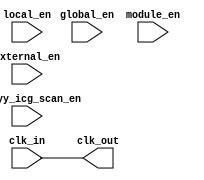
/*Copyright 2020-2021 T-Head Semiconductor Co., Ltd.

Licensed under the Apache License, Version 2.0 (the "License");
you may not use this file except in compliance with the License.
You may obtain a copy of the License at

    http://www.apache.org/licenses/LICENSE-2.0

Unless required by applicable law or agreed to in writing, software
distributed under the License is distributed on an "AS IS" BASIS,
WITHOUT WARRANTIES OR CONDITIONS OF ANY KIND, either express or implied.
See the License for the specific language governing permissions and
limitations under the License.
*/

module tdt_gated_clk_cell(
  clk_in,
  global_en,
  module_en,
  local_en,
  external_en,
  pad_yy_icg_scan_en,
  clk_out
);

input  clk_in;
input  global_en;
input  module_en;
input  local_en;
input  external_en;
input  pad_yy_icg_scan_en;
output clk_out;

wire   clk_en_bf_latch;
wire   SE;

assign clk_en_bf_latch = (global_en && (module_en || local_en)) || external_en ;

// SE driven from primary input, held constant
assign SE       = pad_yy_icg_scan_en;

`ifdef TDT_GATED_CELL  
tdt_gated_cell x_tdt_gated_cell(
  .clk_in        (clk_in),
  .external_en   (clk_en_bf_latch),
  .SE            (SE),
  .clk_out       (clk_out)
  );
//`ifdef TDT_SMIC
//  `ifdef TDT_PROCESS55LL
//HVT_CLKLANQHDV8 x_gated_clk_cell(
//.CK(clk_in),
//  `endif
//.TE(SE),
//.E(clk_en_bf_latch),
//.Q(clk_out));
//`endif
//`ifdef TDT_TSMC
//  `ifdef TDT_PROCESS40LP
//CKLNQD1BWP x_gated_clk_cell(
//.CP(clk_in),
//.TE(SE),
//.E(clk_en_bf_latch),
//.Q(clk_out));
//  `endif
//  `ifdef TDT_PROCESS28HPC
//    CKLNQD8BWP35P140  x_gated_clk_cell (
//                .CP     (clk_in),
//                .TE     (SE),
//                .E      (clk_en_bf_latch),
//                .Q      (clk_out)
//                );
//  `endif
//`endif
//`ifdef TDT_GSMC
//  `ifdef TDT_PROCESS130
//CLKGTPHD8X x_gated_clk_cell(
//.CK(clk_in),
//  `endif
//.TE(SE),
//.E(clk_en_bf_latch),
//.Z(clk_out));
//`endif
//
//`ifdef TDT_UMC
//  `ifdef TDT_PROCESS28HDE
//    PREICG_X4B_A9PP140ZTR_C30 x_gated_clk_cell (
//    .CK(clk_in),
//    .SE(SE),
//    .E(clk_en_bf_latch),
//    .ECK(clk_out)
//  );
//    `endif 
//   `ifdef TDT_PROCESS22HDE
//    PREICG_X4B_A9PP140ZTS_C30 x_gated_clk_cell (
//    .CK(clk_in),
//    .SE(SE),
//    .E(clk_en_bf_latch),
//    .ECK(clk_out)
//  );
//  
//  `endif
//`endif
`else
//STN_CKGTPLT_V5_1  x_gated_clk_cell (
//  .CK           (clk_in),
//  .SE               (SE),
//  .EN      (clk_en_bf_latch),
//  .Q          (clk_out)
//);
assign clk_out = clk_in;
`endif


endmodule